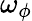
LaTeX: \omega_{\phi}